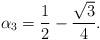
LaTeX: \begin{align*} \alpha_3 = \frac{1}{2}-\frac{\sqrt{3}}{4}.\end{align*}